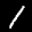
Label: 1